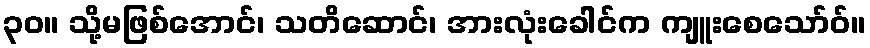
၃၀။ သို့မဖြစ်အောင်၊ သတိဆောင်၊ အားလုံးခေါင်က ကျူးစေသော်ဝ်။